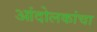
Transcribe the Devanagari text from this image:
आंदोलकांचा